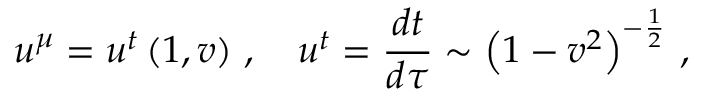
u ^ { \mu } = u ^ { t } \left( 1 , \boldsymbol { v } \right) \, , \quad u ^ { t } = \frac { d t } { d \tau } \sim \left( 1 - v ^ { 2 } \right) ^ { - \frac { 1 } { 2 } } \, ,